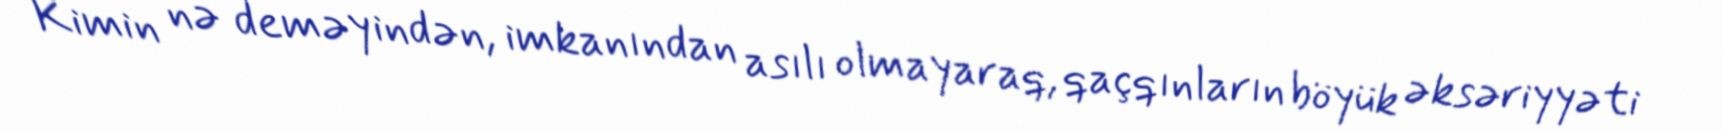
Kimin nə deməyindən, imkanından asılı olmayaraq, qaçqınların böyük əksəriyyəti